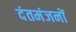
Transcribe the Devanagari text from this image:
दंतमंजनों